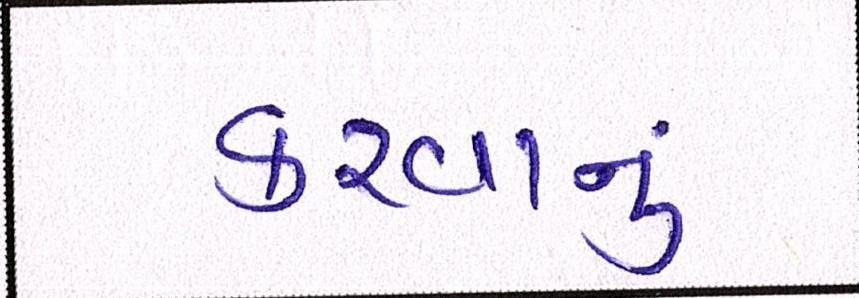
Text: કરવાનું